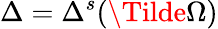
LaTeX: \Delta=\Delta^{s}(\Tilde{\Omega})